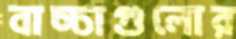
বাচ্চাগুলোর